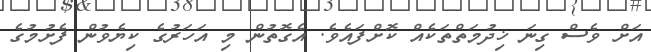
އަށް ވެސް ގިނަ ޚިދުމަތްތަކެއް ކޮށްފައެވެ. އެގޮތުން މި އަހަރުގެ ކިޔެވުން ފެށުމުގެ